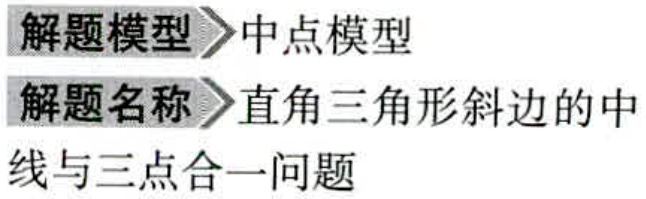
解题模型$\gg$中点模型

解题名称$\gg$直角三角形斜边的中

线与三点合一问题